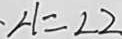
\angle 1 = \angle 2